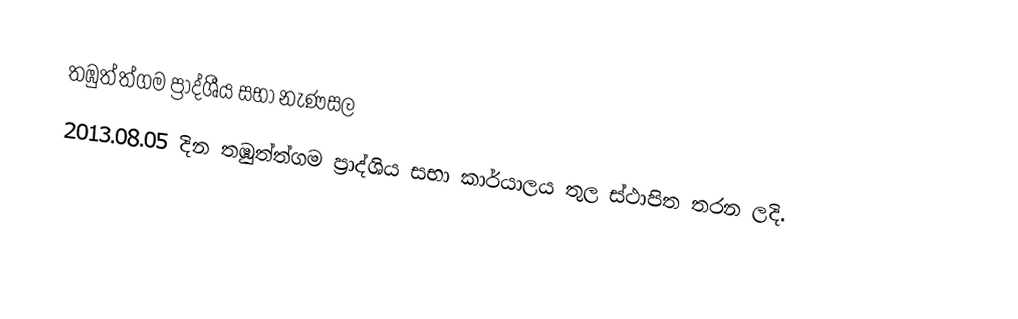
තඹුත්ත්ගම ප්‍රාද්ශීය සභා නැණසල
2013.08.05 දින තඹුත්ත්ගම ප්‍රාද්ශිය සභා කාර්යාලය තුල ස්ථාපිත තරන ලදි.